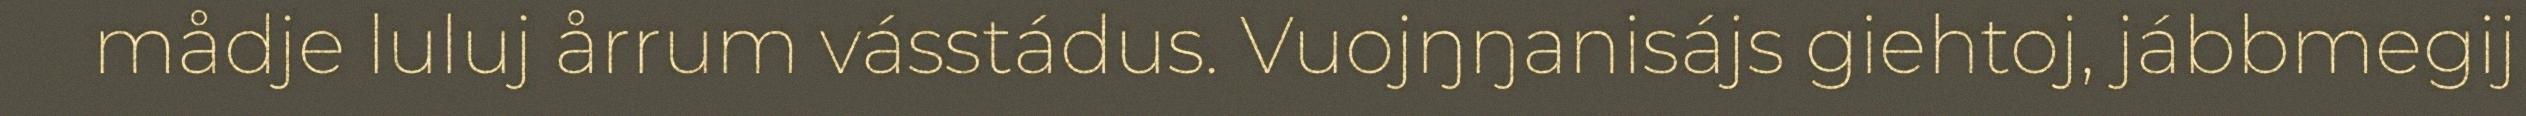
mådje luluj årrum vásstádus. Vuojŋŋanisájs giehtoj, jábbmegij